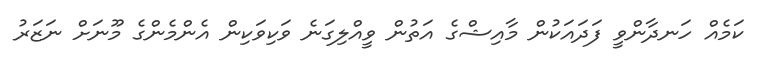
ކަމެއް ހަނދާންވީ ފަދައަކުން މާއިޝްގެ އަތުން ވީއްލިގަނެ ވަކިވަކިން އެންމެންގެ މޫނަށް ނަޒަރު